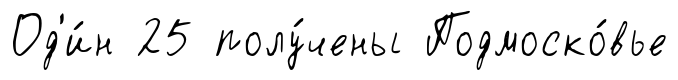
Од'и́н 25 полу́чены Подмоско́вье